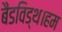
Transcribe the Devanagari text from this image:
बैंडविड्थ।हम